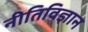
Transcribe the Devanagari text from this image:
नीतिविज्ञान